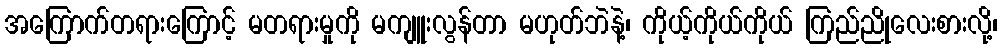
အကြောက်တရားကြောင့် မတရားမှုကို မကျူးလွန်တာ မဟုတ်ဘဲနဲ့၊ ကိုယ့်ကိုယ်ကိုယ် ကြည်ညိုလေးစားလို့၊